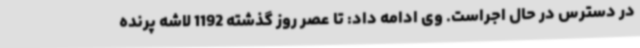
در دسترس در حال اجراست. وی ادامه داد: تا عصر روز گذشته 1192 لاشه پرنده